Medical and sanitary report of the native army of Bengal for the year
Year: 1875
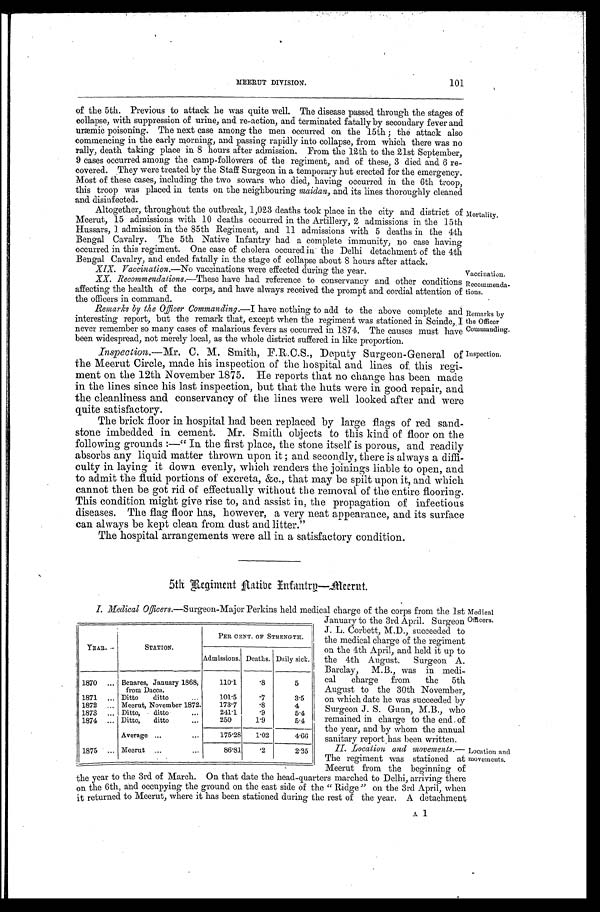
Recommenda
- t i o n s .
Remarks by
the Officer
Commanding.
101
MEERUT DIVISION.
of the 5th. Previous to attack he was quite well. The disease passed through the stages of
collapse, with suppression of urine, and re-action, and terminated fatally by secondary fever and
uræmic poisoning. The next case among the men occurred on the 15th ; the attack also
commencing in the early morning, and passing rapidly into collapse, from which there was no
rally, death taking place in 8 hours after admission. From the 12th to the 21st September,
9 cases occurred among the camp-followers of the regiment, and of these, 3 died and 6 re
-covered. They were treated by the Staff Surgeon in a temporary hut erected for the emergency.
Most of these cases, including the two sowars who died, having occurred in the 6th troop,
this troop was placed in tents on the neighbouring maidan, and its lines thoroughly cleaned
and disin fected.
Altogether, throughout the outbreak, 1,023 deaths took place in the city and district of
Meerut, 15 admissions with 10 deaths occurred in the Artillery, 2 admissions in the 15th
Hussars, 1 admission in the 85th Regiment, and 11 admissions with 5 deaths in the 4th
Bengal Cavalry. The 5th Native Infantry had a complete immunity, no case having
occurred in this regiment. One case of cholera occured in the Delhi detachment of the 4th
Bengal Cavalry, and ended fatally in the stage of collapse about 8 hours after attack.
Mortality.
XIX. Vaccination.— No vaccinations were effected during the year.
Vaccination.
XX. Recommendations.—These have had reference to conservancy and other conditions
affecting the health of the corps, and have always received the prompt and cordial attention of
the officers in command.
Remarks by the Officer Commanding .—I have nothing to add to the above complete and
interesting report, but the remark that, except when the regiment was stationed in Scinde,,I
never remember so many cases of malarious fevers as occurred in 1874. The causes must have
been widespread, not merely local, as the whole district suffered in like proportion.
Inspection.— Mr . C. M. smith, F.R.C.S.,D e p u t y S u r g e o n - G e n e r a l o f
the Meerut Circle, made his inspection of the hospital and lines of, this regi
-ment on the 12th November 1875. He reports that no change has been made
in the lines since his last inspection, but that the huts were in good repair, and
the cleanliness and conservancy of the lines were well looked after and were
quite satisfactory.
The brick floor in hospital had been replaced by large flags of red sand
-stone imbedded in cement. Mr. Smith objects to this kind of floor on the
following grounds :—"In the first place, the stone itself is porous, and readily
absorbs any liquid matter thrown upon it ; and secondly, there is always a diffi-
-culty in laying it down evenly, which renders the joinings liable to open, and
to admit the fluid portions of excreta, &c., that may be spilt upon it, and which
cannot then be got rid of effectually without the removal of the entire flooring.
This condition might give rise to, and assist in, the propagation of infectious
diseases. The flag floor has, however, a very neat appearance, and its surface
can always be kept clean from dust and litter."
The hospital arrangements were all in a satisfactory condition.
Inspection.
5th Regiment Aatibe Enfantrg—Meerut.
I. Medical Officers.—Surgeon-Major Perkins held medical charge of the corps from the 1st
January to the 3rd April. Surgeon
J. L. Corbett, M.D., succeeded to
the medical charge of the regiment
on the 4th April, and held it up to
the 4th August. Surgeon A.
Barclay, M.B., was in medi--
cal charge from the 5th
August to the 30th November,
on which date he was succeeded by
Surgeon J. S. Gunn, M.B., who
remained in charge to the end of
the year, and by whom the annual
sanitary report has been written.
II. Location and movements.—
The regiment was stationed at
Meerut from the beginning of
the year to the 3rd of March. On that date the head-quarters marched to Del hi , arri vi ng there on the 6th and occupyi ng the ground on the east si de of the "Ri dge" on the 3rd Apri l , when i t returned to Meerut, where i t has been santi oned duri ng the rest of the year. A deatchment
YEAR.
STATION.
PER CENT. OF STRENGTH.
Admissions. Deaths. Daily sick.
1870 . . . Benares, January 1868,
from Dacca.
110.1
.8
5
1871 . . . Ditto ditto . . .
1 0 1 . 5
. 7
3.5
1872 . . . Meerut, November 1872.
173.7
.8
4
1873 . . . Ditto, ditto...
2 4 1 . 1
.9
5.4
1874 . . . Ditto, ditto . . .
250
1.9
5.4
Average . . .
175.28
1.02
4.66
1875 . . . Meerut . . .
86.81
.2
2.35
Medical
Officers.
Location and
movements.
A l